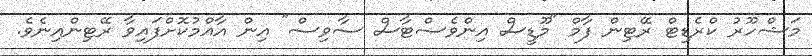
މަޝްހޫރު ކްރެޑިޓް ރޭޓިން ފާމް "މޫޑީސް އިންވެސްޓާސް ސާވިސް" އިން އާއްމުކޮށްފައިވާ ރޭޓިންއިނެވެ.